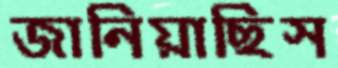
জানিয়াছিস